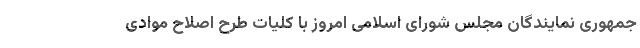
جمهوری نمایندگان مجلس شورای اسلامی امروز با کلیات طرح اصلاح موادی